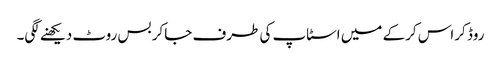
روڈ کراس کرکے میں اسٹاپ کی طرف جاکر بس روٹ دیکھنے لگی۔